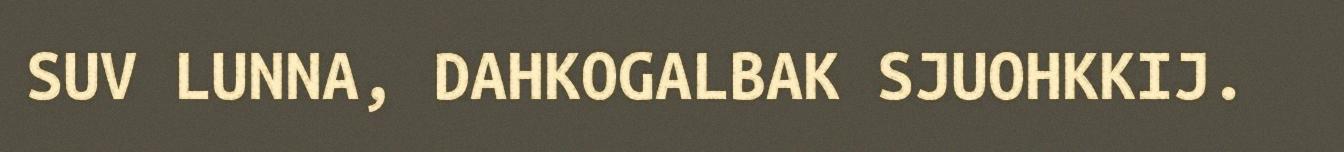
SUV LUNNA, DAHKOGALBAK SJUOHKKIJ.